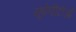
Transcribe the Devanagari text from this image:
यूकेपीटीओ